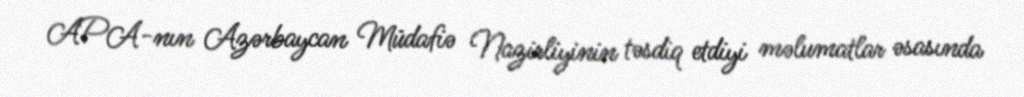
APA-nın Azərbaycan Müdafiə Nazirliyinin təsdiq etdiyi məlumatlar əsasında